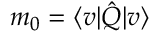
m _ { 0 } = \langle v | \hat { Q } | v \rangle